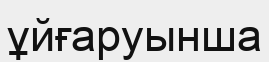
ұйғаруынша